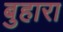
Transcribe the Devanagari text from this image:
बुहारा